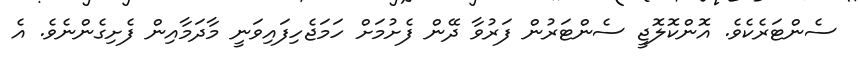
ސެންޓަރެކެވެ. އޮންކޮލޮޖީ ސެންޓަރުން ފަރުވާ ދޭން ފެށުމަށް ހަމަޖެހިފައިވަނީ މާދަމާއިން ފެށިގެންނެވެ. އެ